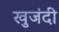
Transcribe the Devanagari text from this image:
खुजंदी